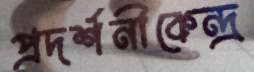
প্রদর্শনীকেন্দ্র